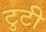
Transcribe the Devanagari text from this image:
टुटी